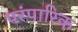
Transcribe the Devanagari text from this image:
परंपारिक